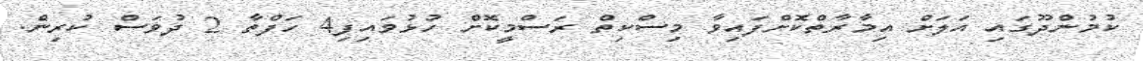
ކުމުންދޫގައި އަލަށް އިިމާރާތްކޮށްފައިވާ މިސްކިތް ރަސްމީކޮށް ހުޅުވައިފި4 ހަފްތާ 2 ދުވަސް ކުރިން.